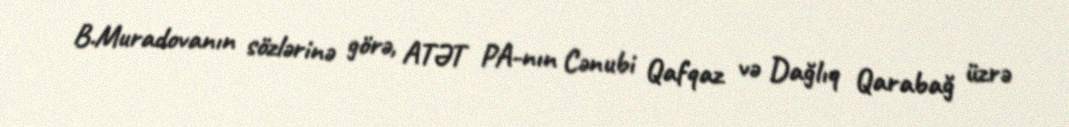
B.Muradovanın sözlərinə görə, ATƏT PA-nın Cənubi Qafqaz və Dağlıq Qarabağ üzrə